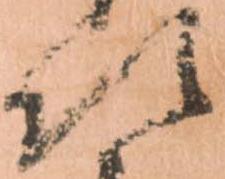
次